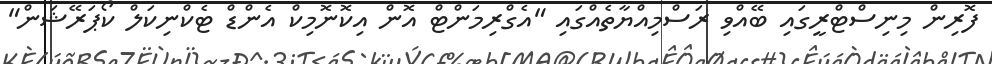
ފޮރިން މިނިސްޓްރީގައި ބޭއްވި ރަސްމިއްޔާތެއްގައި "އެގްރިމަންޓް އޮން އިކޮނޮމިކް އެންޑް ޓެކްނިކަލް ކޯޕަރޭޝަން"